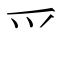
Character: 爫